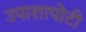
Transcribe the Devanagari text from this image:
उपाशापोटी